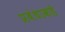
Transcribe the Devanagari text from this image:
प्रबंधाकडे